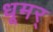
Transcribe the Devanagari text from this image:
धूमर्